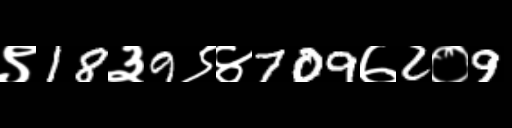
Text: ९18३9९४709७2०9